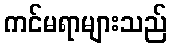
ကင်မရာများသည်